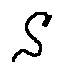
s